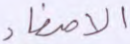
الأصفاد